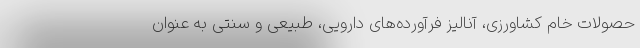
حصولات خام کشاورزی، آنالیز فرآورده‌های دارویی، طبیعی و سنتی به عنوان